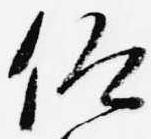
仰